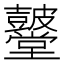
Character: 𮮫